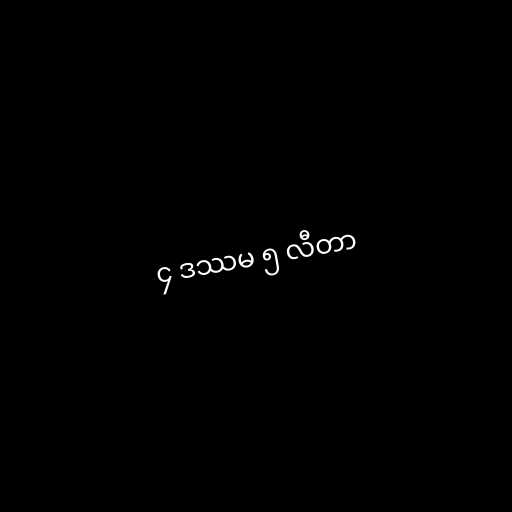
၄ ဒဿမ ၅ လီတာ